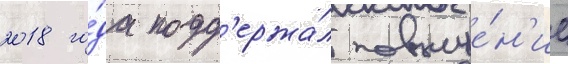
2018 го́да подд'ержа́л повыше́н'ие